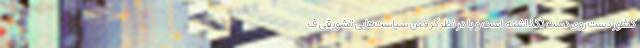
کشور دست روی دست نگذاشته است و با در نظرگرفتن سیاست‌هایی تشویقی ف